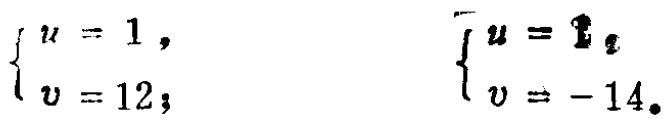
\(\begin{cases}

u = 1, \\

v = 12;

\end{cases}\) \(\begin{cases}

u = 1, \\

v = - 14.

\end{cases}\)